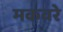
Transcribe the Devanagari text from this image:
मकवरे